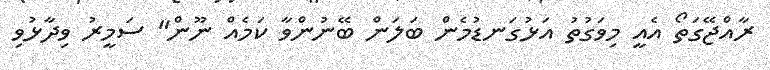
ރާއްޖޭގަތޯ އެއީ މިވަގުތު އަޅުގަނޑުމެން ބަލަން ބޭނުންވާ ކަމެއް ނޫން" ސަމީރު ވިދާޅުވި